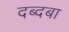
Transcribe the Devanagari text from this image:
दब्दबा